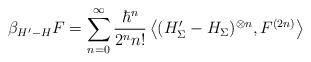
LaTeX: \begin{align*} \beta_{H' - H} F = \sum_{n=0}^{\infty} \frac{\hbar^n}{2^n n!} \left\langle (H'_{\Sigma} - H_{\Sigma})^{\otimes n}, F^{(2n)} \right\rangle\end{align*}